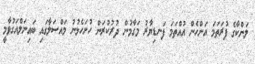
ލަންކާގެ ފުރަތަމަ އަންހެން އުއްތަމަ ފަނޑިޔާރު މަގާމުން ދުރުކުރަން ހުށަހެޅުނު މައްސަލާގައި ބައިނަލްއަގުވާމީ